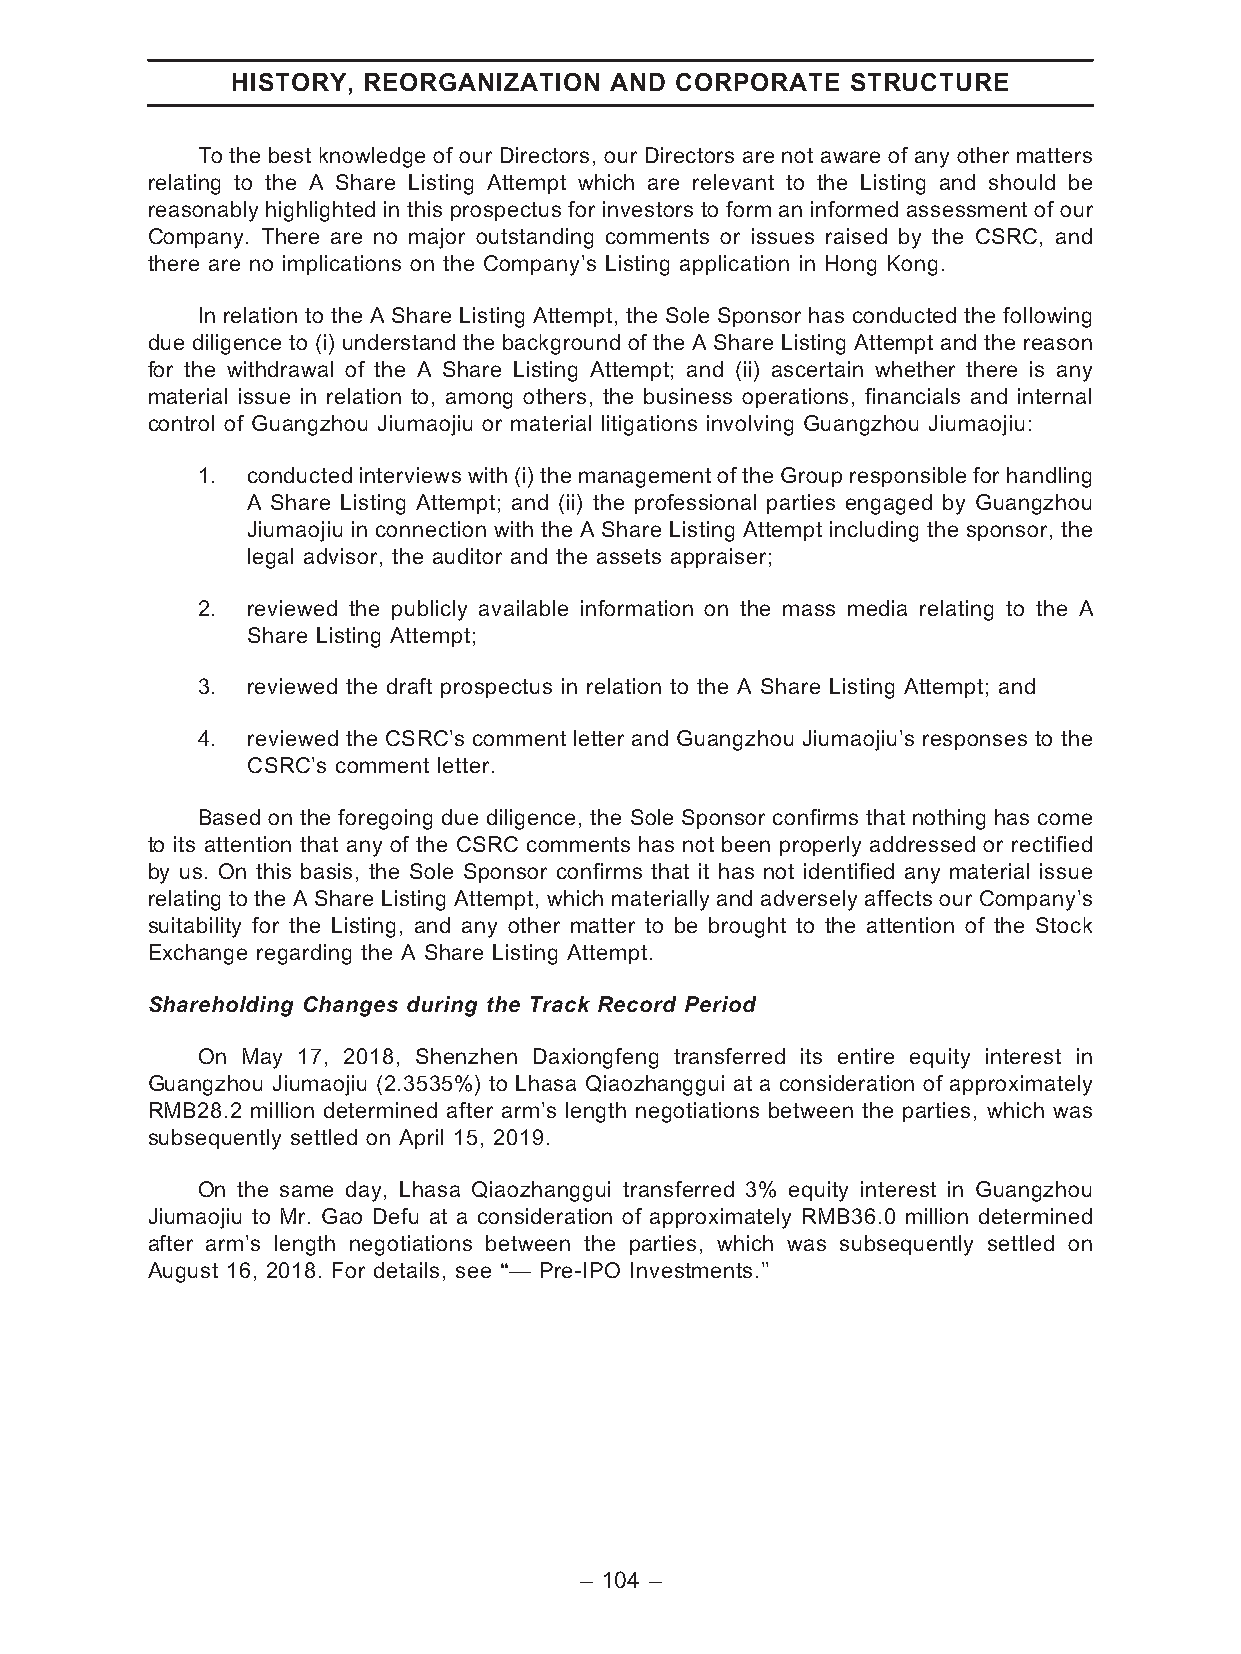
HISTORY, REORGANIZATION  AND  CORPORATE  STRUCTURE
 To the best knowledge of our Directors, our Directors are not aware of any other matters
 relating to the A Share Listing Attempt which are relevant to the Listing and should be
 reasonably highlighted in this prospectus for investors to form an informed assessment of our
 Company. There are no major outstanding comments or issues raised by the CSRC, and
 there are no implications on the Company’s Listing application in Hong Kong.
 In relation to the A Share Listing Attempt, the Sole Sponsor has conducted the following
 due diligence to (i) understand the background of the A Share Listing Attempt and the reason
 for the withdrawal of the A Share Listing Attempt; and (ii) ascertain whether there is any
 material issue in relation to, among others, the business operations, financials and internal
 control of Guangzhou Jiumaojiu or material litigations involving Guangzhou Jiumaojiu:
 1. conducted interviewswith (i)the management of the Group responsible for handling
 A Share Listing Attempt; and (ii) the professional parties engaged by Guangzhou
 Jiumaojiu in connection with the A Share Listing Attempt including the sponsor, the
 legal advisor, the auditor and the assets appraiser;
 2. reviewed the publicly available information on the mass media relating to the A
 Share Listing Attempt;
 3. reviewed the draft prospectus in relation to the A Share Listing Attempt; and
 4. reviewed the CSRC’s comment letter and Guangzhou Jiumaojiu’s responses to the
 CSRC’s comment letter.
 Based on the foregoing due diligence, the Sole Sponsor confirms that nothing has come
 to its attention that any of the CSRC comments has not been properly addressed or rectified
 by us. On this basis, the Sole Sponsor confirms that it has not identified any material issue
 relating to the A Share Listing Attempt, which materially and adversely affects our Company’s
 suitability for the Listing, and any other matter to be brought to the attention of the Stock
 Exchange regarding the A Share Listing Attempt.
 Shareholding Changes during the Track Record Period
 On May 17, 2018, Shenzhen Daxiongfeng transferred its entire equity interest in
 Guangzhou Jiumaojiu (2.3535%) to Lhasa Qiaozhanggui at a consideration of approximately
 RMB28.2 million determined after arm’s length negotiations between the parties, which was
 subsequently settled on April 15, 2019.
 On the same day, Lhasa Qiaozhanggui transferred 3% equity interest in Guangzhou
 Jiumaojiu to Mr. Gao Defu at a consideration of approximately RMB36.0 million determined
 after arm’s length negotiations between the parties, which was subsequently settled on
 August 16, 2018. For details, see ‘‘— Pre-IPO Investments.’’
 – 104 –